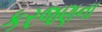
કરજણના